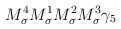
\begin{align*}M_\sigma^4M_\sigma^1M_\sigma^2M_\sigma^3\gamma_5\end{align*}